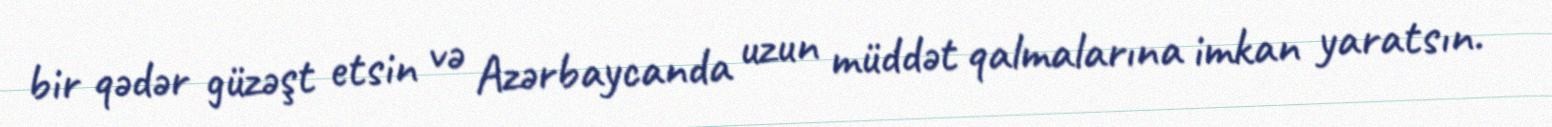
bir qədər güzəşt etsin və Azərbaycanda uzun müddət qalmalarına imkan yaratsın.